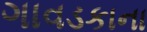
ગાવડકાના